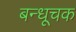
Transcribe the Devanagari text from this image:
बन्धूचक